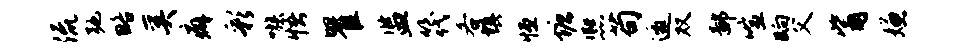
流弛略奚癖彩嗾悟瞿监筏各填恒塘熙苟邀双鄙喧晌父觜嫌